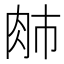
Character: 𰮈